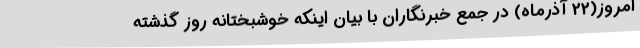
امروز(22 آذرماه) در جمع خبرنگاران با بیان اینکه خوشبختانه روز گذشته